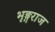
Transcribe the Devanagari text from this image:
भृङ्गराज